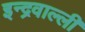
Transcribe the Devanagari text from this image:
इन्द्रवाल्ली